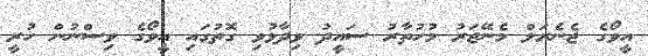
އީވޯގެ ޖެނެރަލް މެނޭޖަރު މުހުތާރު ސައީދު ވިދާޅުވި ގޮތުގައި އީވޯގެ ވިސްނުން ހުރީ